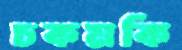
চকমকি